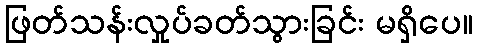
ဖြတ်သန်းလှုပ်ခတ်သွားခြင်း မရှိပေ။